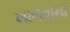
ખાળવાના